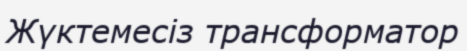
Жүктемесіз трансформатор